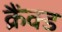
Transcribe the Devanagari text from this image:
क्रैंक्ड